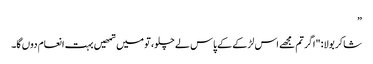
”
شاکر بولا: "اگر تم مجھے اس لڑکے کے پاس لے چلو، تو میں تمھیں بہت انعام دوں گا۔